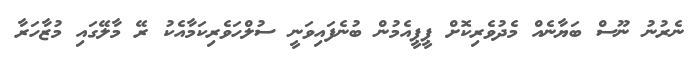
ނެރުނު ނޫސް ބަޔާނެއް މެދުވެރިކޮށް ޕީޕީއެމުން ބުނެފައިވަނީ ސުލްހަވެރިކަމާއެކު ރޭ މާލޭގައި މުޒާހަރާ